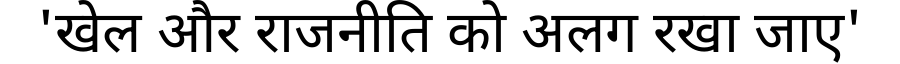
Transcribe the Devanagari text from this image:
'खेल और राजनीति को अलग रखा जाए'